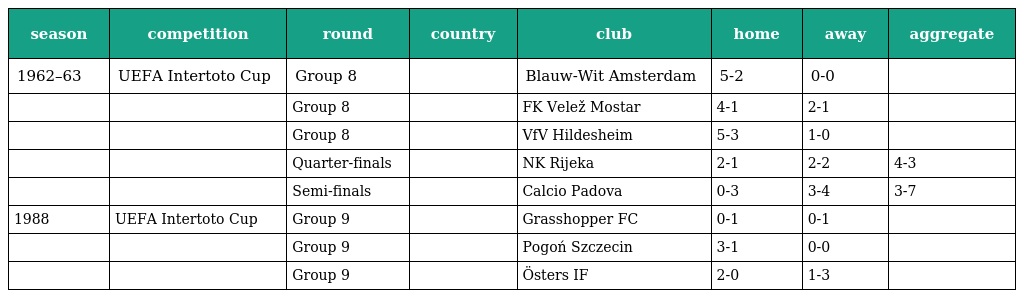
| season | competition | round | country | club | home | away | aggregate |
 | --- | --- | --- | --- | --- | --- | --- | --- |
 | 1962–63 | UEFA Intertoto Cup | Group 8 |  | Blauw-Wit Amsterdam | 5-2 | 0-0 |  |
 |  |  | Group 8 |  | FK Velež Mostar | 4-1 | 2-1 |  |
 |  |  | Group 8 |  | VfV Hildesheim | 5-3 | 1-0 |  |
 |  |  | Quarter-finals |  | NK Rijeka | 2-1 | 2-2 | 4-3 |
 |  |  | Semi-finals |  | Calcio Padova | 0-3 | 3-4 | 3-7 |
 | 1988 | UEFA Intertoto Cup | Group 9 |  | Grasshopper FC | 0-1 | 0-1 |  |
 |  |  | Group 9 |  | Pogoń Szczecin | 3-1 | 0-0 |  |
 |  |  | Group 9 |  | Östers IF | 2-0 | 1-3 |  |